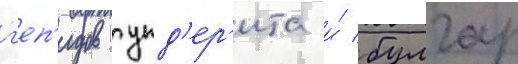
г'еп'идов гунд'ер'ита и́ булгар